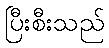
ပြီးစီးသည်